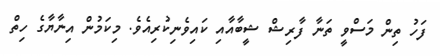
ފަހު ތިން މަސްވީ ތަނާ ފާރިޝް ޝީބާއާއި ކައިވެނިކުރިއެވެ. މިކަމުން އިނާޔާގެ ހިތް